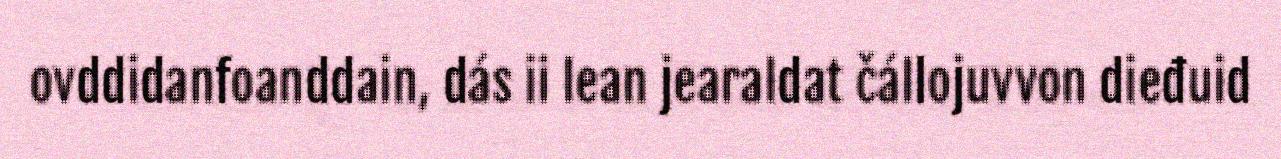
ovddidanfoanddain, dás ii lean jearaldat čállojuvvon dieđuid